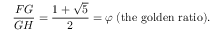
{ \frac { F G } { G H } } = { \frac { 1 + { \sqrt { 5 } } } { 2 } } = \varphi \; ( { \mathrm { t h e ~ g o l d e n ~ r a t i o } } ) .